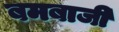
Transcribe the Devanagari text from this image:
बमबाजी